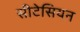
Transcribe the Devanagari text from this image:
सीटेसियन